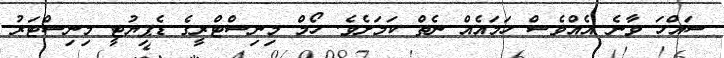
ސައްހަ ވާނެ އެއްވެސް ހަމައެއް ނެތް ކަމަށެވެ. ހޯމް މިނިސްޓްރީގެ ޑެޕިޔުޓީ މިނިސްޓަރު